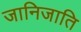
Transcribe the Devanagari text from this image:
जानिजाति